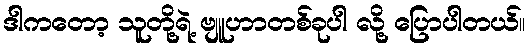
ဒါကတော့ သူတို့ရဲ့ ဗျူဟာတစ်ခုပါ လို့ ပြောပါတယ်။